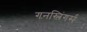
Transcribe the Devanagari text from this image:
गनस्लिंगर्स